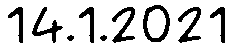
14.1.2021